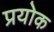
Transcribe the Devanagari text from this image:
प्रयोक